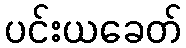
ပင်းယခေတ်